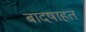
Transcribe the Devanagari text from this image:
बादषाहत